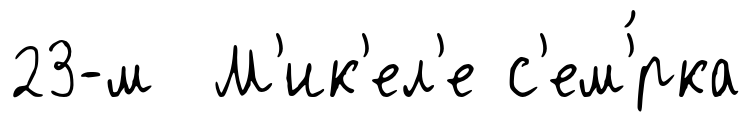
23-м М'ик'ел'е с'ем'́рка